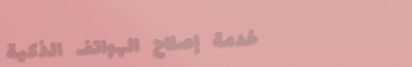
خدمة إصلاح الهواتف الذكية